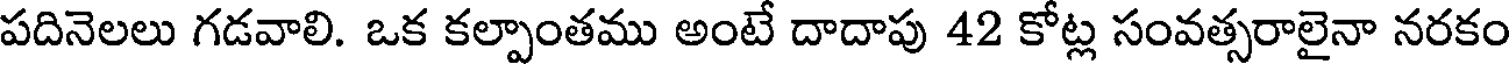
పదినెలలు గడవాలి. ఒక కల్పాంతము అంటే దాదాపు 42 కోట్ల సంవత్సరాలైనా నరకం